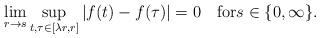
LaTeX: \begin{align*}\lim_{r\to s}\sup_{t,\tau\in[\lambda r,r]}|f(t)-f(\tau)|=0\quad\mbox{for}s\in\{0,\infty\}.\end{align*}